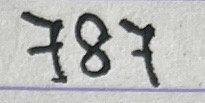
787